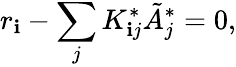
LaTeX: r_{\mathbf{i}}-\sum_{j}K_{\mathbf{i}j}^{*}\tilde{{A}}_{j}^{*}=0,